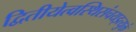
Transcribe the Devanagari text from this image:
द्वितीयेत्वस्थिसंचयइत्युक्तं